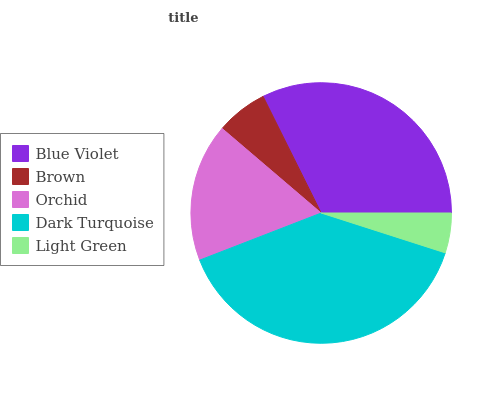
| Blue Violet | Brown | Orchid | Dark Turquoise | Light Green |
 | --- | --- | --- | --- | --- |
 | 32.3% | 6.4% | 17.2% | 39.2% | 4.95% |